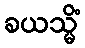
ခယသ္မိံ